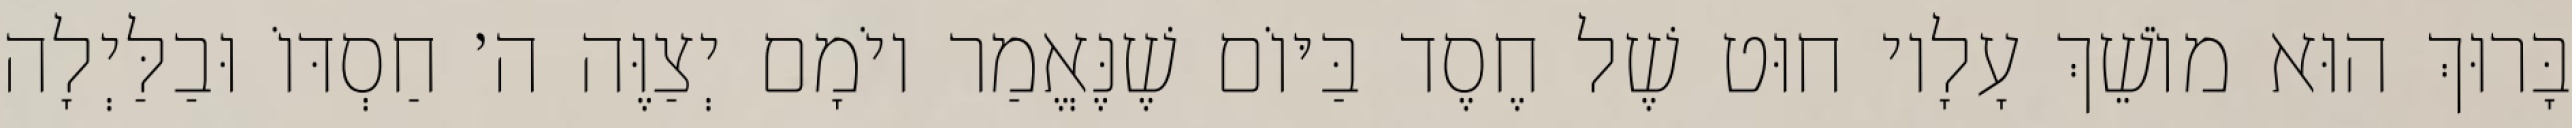
בָּרוּךְ הוּא מוֹשֵׁךְ עָלָיו חוּט שֶׁל חֶסֶד בַּיּוֹם שֶׁנֶּאֱמַר יוֹמָם יְצַוֶּה ה׳ חַסְדּוֹ וּבַלַּיְלָה